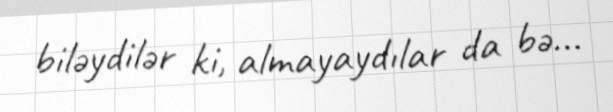
biləydilər ki, almayaydılar da bə...